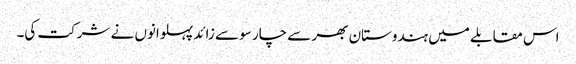
اس مقابلے میں ہندوستان بھر سے چار سو سے زائد پہلوانوں نے شرکت کی۔